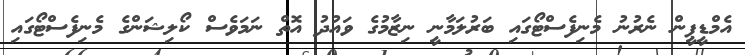
އެމްޑީޕީން ނެރުނު މެނިފެސްޓޯގައި ބަރުލަމާނީ ނިޒާމުގެ ވައުދު އޮތް ނަމަވެސް ކޯލިޝަންގެ މެނިފެސްޓޯގައި